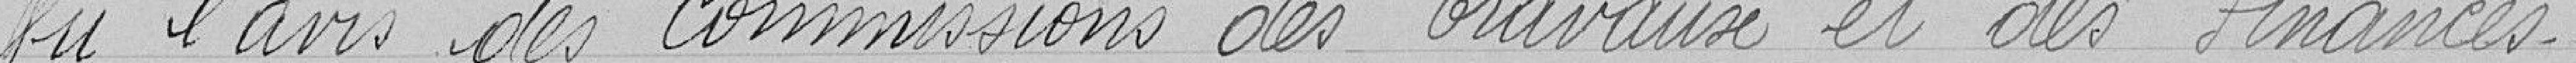
Vu l'avis des commissions des Travaux et des Finances.